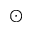
_ { \odot }